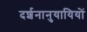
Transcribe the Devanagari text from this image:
दर्शनानुयायियों